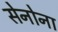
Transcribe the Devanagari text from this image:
सेनोना